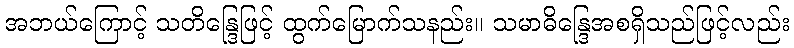
အဘယ်ကြောင့် သတိန္ဒြေဖြင့် ထွက်မြောက်သနည်း။ သမာဓိန္ဒြေအစရှိသည်ဖြင့်လည်း